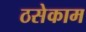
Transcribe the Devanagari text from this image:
ठसेकाम